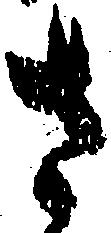
さ